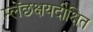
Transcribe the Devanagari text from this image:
म्लेंछक्षयदीक्षित